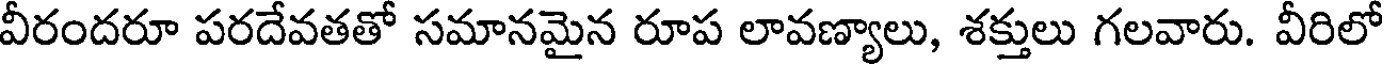
వీరందరూ పరదేవతతో సమానమైన రూప లావణ్యాలు, శక్తులు గలవారు. వీరిలో